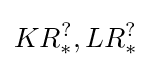
KR_{*}^{?},LR_{*}^{?}